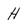
Character: H